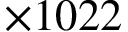
\times 1 0 2 2